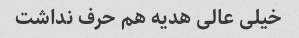
خیلی عالی هدیه هم حرف نداشت